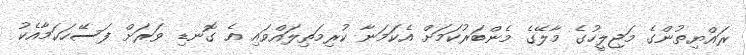
ރައްޔިތުންގެ މަޖިލީހުގެ މާލޭގެ މެންބަރުކަމަށް އެކަމަނާ ކުރިމަތިލައްވައި އެ ގޮނޑި ވަރަށް ފަސޭހަކަމާއެކު